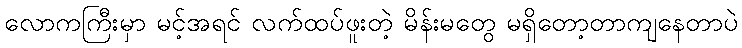
လောကကြီးမှာ မင့်အရင် လက်ထပ်ဖူးတဲ့ မိန်းမတွေ မရှိတော့တာကျနေတာပဲ